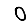
Digit: 0